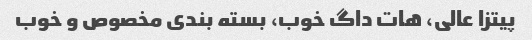
پیتزا عالی، هات داگ خوب، بسته بندی مخصوص و خوب